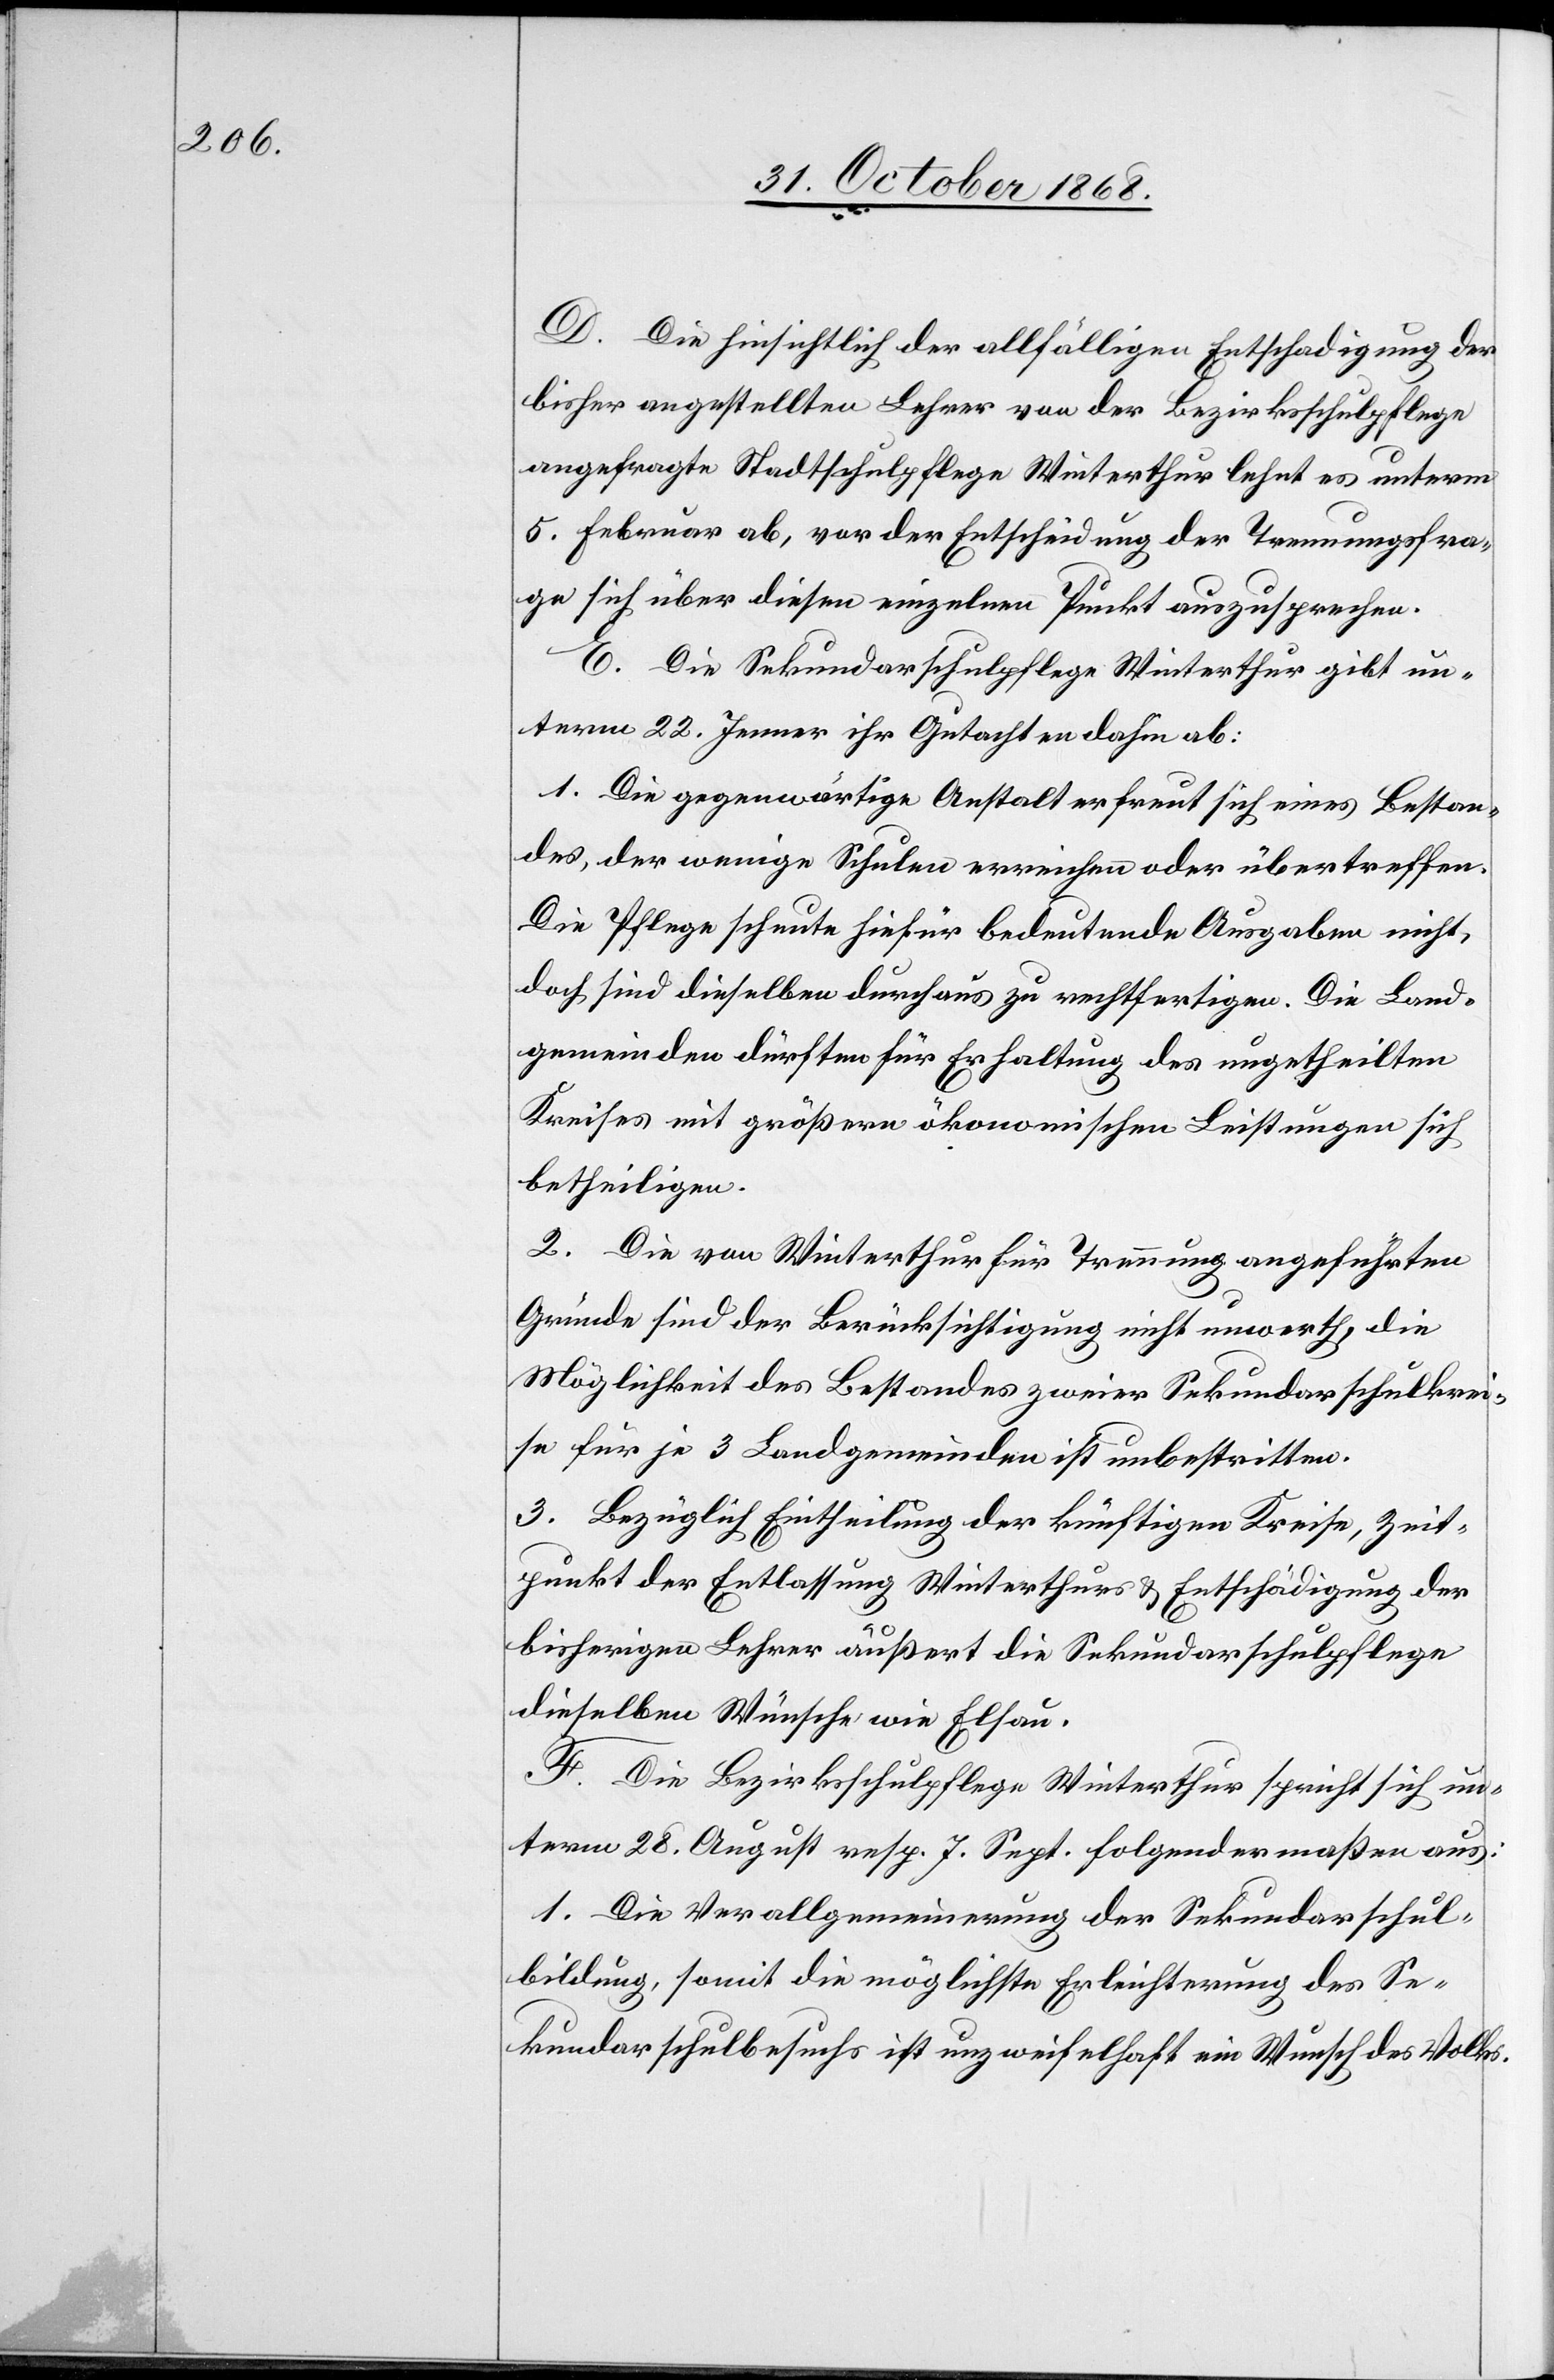
D. Die hinsichtlich der allfälligen Entschädigung der
bisher angestellten Lehrer von der Bezirksschulpflege
angefragte Stadtschulpflege Winterthur lehnt es unterm
5. Februar ab, vor der Entscheidung der Trennungsfra¬
ge sich über diesen einzelnen Punkt auszusprechen.
E. Die Sekundarschulpflege Winterthur gibt un¬
term 22. Jenner ihr Gutachten dahin ab:
1. Die gegenwärtige Anstalt erfreut sich eines Bestan¬
des, der wenige Schulen erreichen oder übertreffen.
Die Pflege scheute hiefür bedeutende Ausgaben nicht,
doch sind dieselben durchaus zu rechtfertigen. Die Land¬
gemeinden dürften für Erhaltung des ungetheilten
Kreises mit größern ökonomischen Leistungen sich
betheiligen.
2. Die von Winterthur für Trennung angeführten
Gründe sind der Berücksichtigung nicht unwerth, die
Möglichkeit des Bestandes zweier Sekundarschulkrei¬
se für je 3 Landgemeinden ist unbestritten.
3. Bezüglich Eintheilung der künftigen Kreise, Zeit¬
punkt der Entlassung Winterthurs & Entschädigung der
bisherigen Lehrer äußert die Sekundarschulpflege
dieselben Wünsche wie Elsau.
F. Die Bezirksschulpflege Winterthur spricht sich un¬
term 28. August resp. 7. Sept. folgendermaßen aus:
1. Die Verallgemeinerung der Sekundarschul¬
bildung, somit die möglichste Erleichterung des Se¬
kundarschulbesuchs ist unzweifelhaft ein Wunsch des Volks.